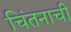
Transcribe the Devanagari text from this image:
चिंतनाची